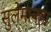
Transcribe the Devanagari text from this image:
सुलेमानहा